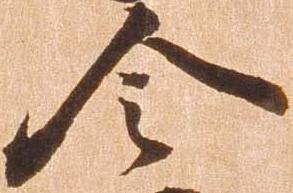
令